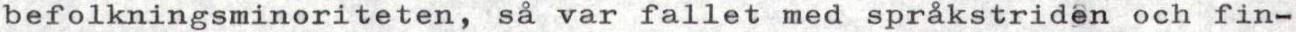
befolkningsminoriteten, så var fallet med språkstriden och fin-